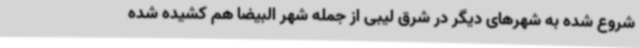
شروع شده به شهرهای دیگر در شرق لیبی از جمله شهر البیضا هم کشیده شده